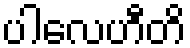
ပါလေဟီတိ